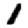
Digit: 1